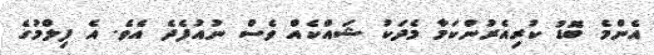
އެންމެ ބޮޑު ކުރިއެރުންކަމާ މެދަކު ޝައްކެއް ވެސް ނުއުފެދެ އެވެ. އެ ފިލްމުގެ